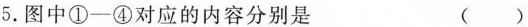
5. 图中①-④对应的内容分别是 ()